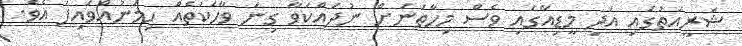
ޝަރީއަތުގައި އަދި މީޑިއާގައި ވެސް މިހާތަނަށް ނުދައްކަވާ ގިނަ ވާހަކަތެއް ހިމަނުއްވައިފަ އެވެ.